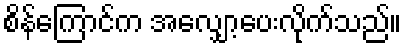
စိန်ကြောင်က အလျှော့ပေးလိုက်သည်။